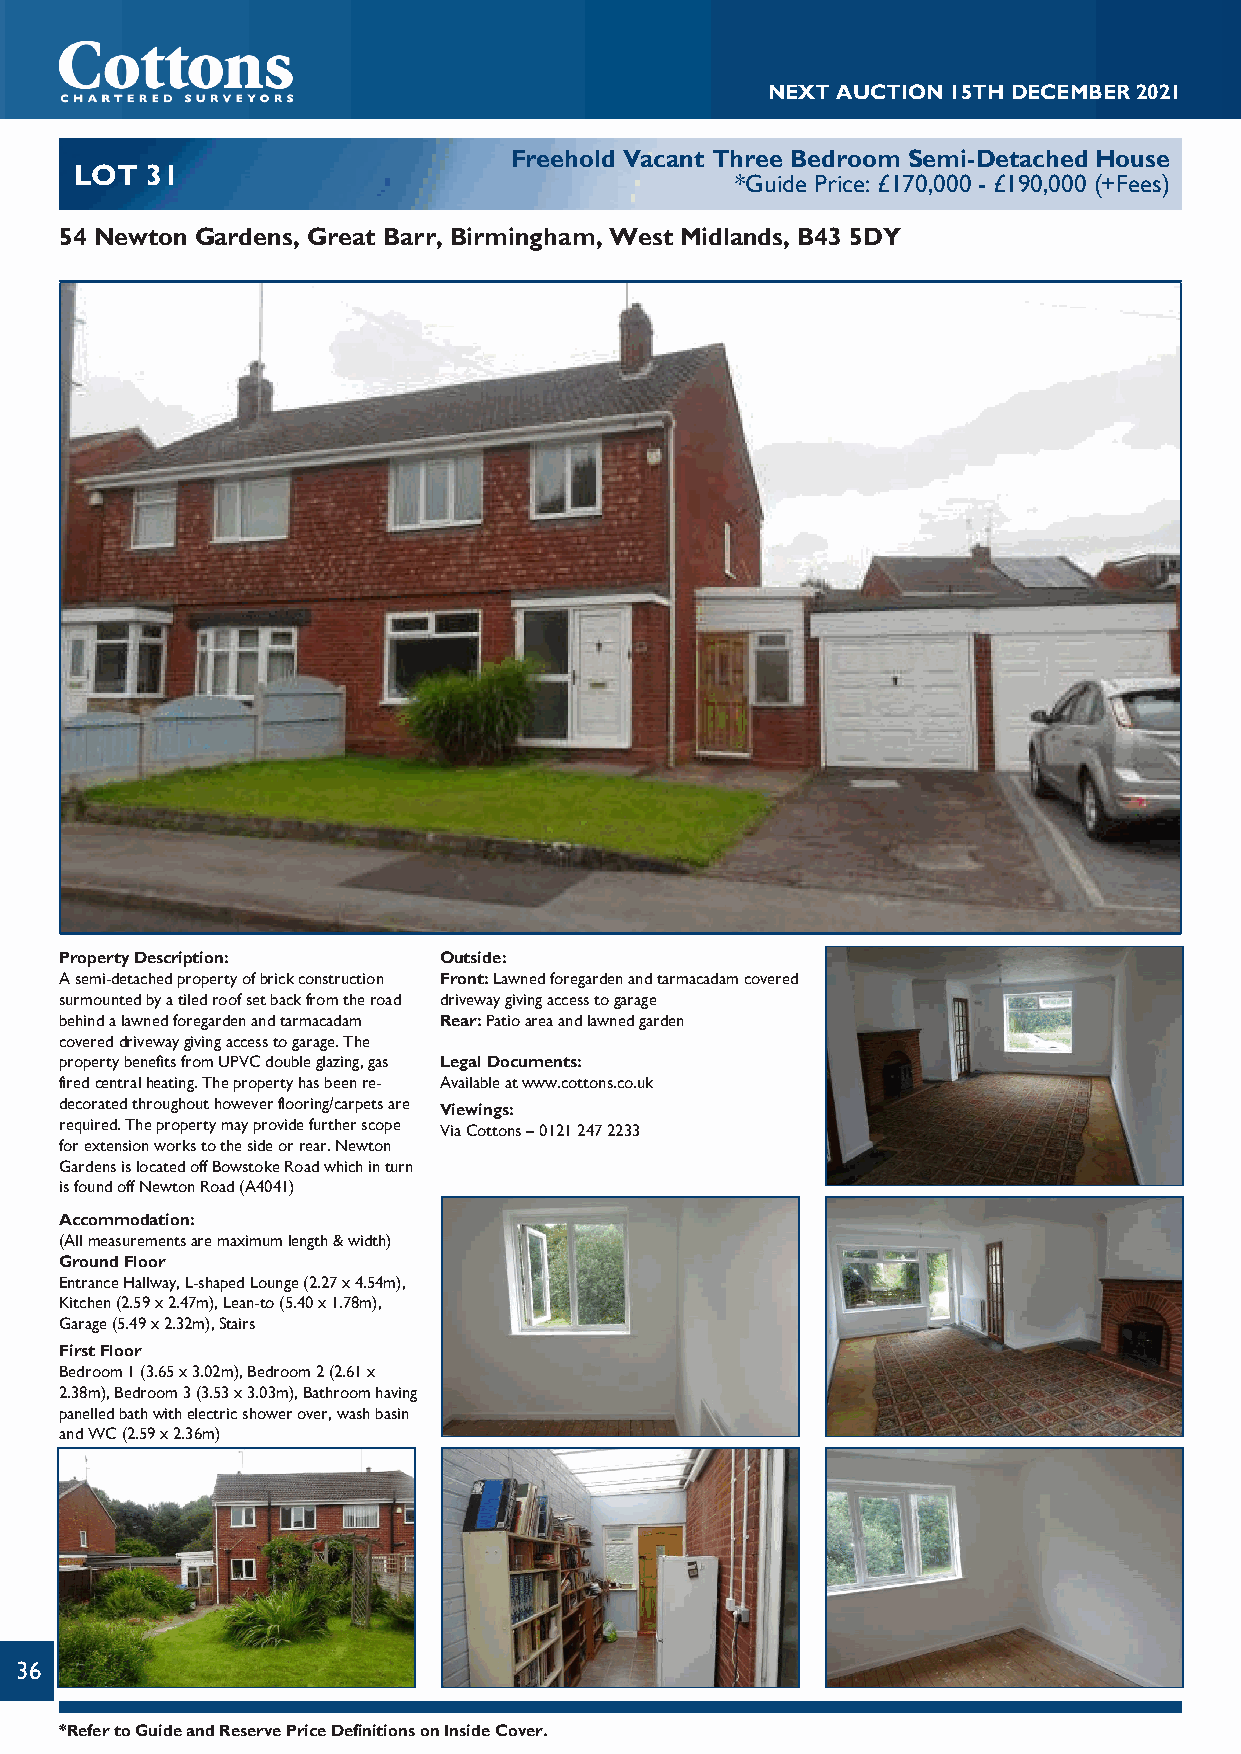
NEXTAUCTION15THDECEMBER2021
 Freehold Vacant Three Bedroom Semi-Detached House
 LOT  31
 *Guide Price: £170,000 - £190,000 (+Fees)
 54 Newton Gardens, Great Barr, Birmingham, West Midlands, B43 5DY
 PropertyDescription:     Outside:
 Asemi-detachedpropertyofbrickconstruction Front:Lawnedforegardenandtarmacadamcovered
 surmountedbyatiledroofsetbackfromtheroad drivewaygivingaccesstogarage
 behindalawnedforegardenandtarmacadam Rear:Patioareaandlawnedgarden
 covereddrivewaygivingaccesstogarage.The
 propertybenefitsfromUPVCdoubleglazing,gas LegalDocuments:
 firedcentralheating.Thepropertyhasbeenre- Availableatwww.cottons.co.uk
 decoratedthroughouthoweverflooring/carpetsare Viewings:
 required.Thepropertymayprovidefurtherscope ViaCottons–01212472233
 forextensionworkstothesideorrear.Newton
 GardensislocatedoffBowstokeRoadwhichinturn
 isfoundoffNewtonRoad(A4041)
 Accommodation:
 (Allmeasurementsaremaximumlength&width)
 GroundFloor
 EntranceHallway,L-shapedLounge(2.27x4.54m),
 Kitchen(2.59x2.47m),Lean-to(5.40x1.78m),
 Garage(5.49x2.32m),Stairs
 FirstFloor
 Bedroom1(3.65x3.02m),Bedroom2(2.61x
 2.38m),Bedroom3(3.53x3.03m),Bathroomhaving
 panelledbathwithelectricshowerover,washbasin
 andWC(2.59x2.36m)
 36
 *RefertoGuideandReservePriceDefinitionsonInsideCover.